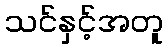
သင်နှင့်အတူ